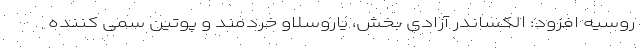
روسیه افزود: الکساندر آزادی بخش، یاروسلاو خردمند و پوتینِ سمی کننده